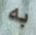
به